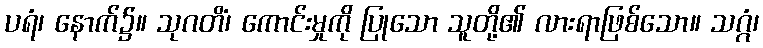
ပရံ၊ နောက်၌။ သုဂတိံ၊ ကောင်းမှုကို ပြုသော သူတို့၏ လားရာဖြစ်သော။ သဂ္ဂံ၊